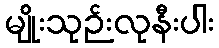
မျိုးသုဉ်းလုနီးပါး